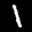
Label: 1